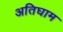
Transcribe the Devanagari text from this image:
अतिघाम